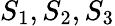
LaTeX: S_{1},S_{2},S_{3}